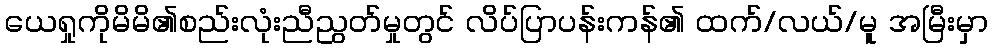
ယေရှုကိုမိမိ၏စည်းလုံးညီညွတ်မှုတွင် လိပ်ပြာပန်းကန်၏ ထက်/လယ်/မူ အမြီးမှာ